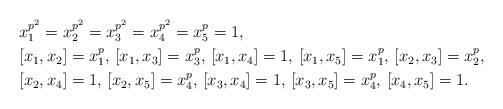
LaTeX: \begin{align*}& x_1^{p^2}=x_2^{p^2}=x_3^{p^2}=x_4^{p^2}=x_5^p=1,\\& [x_1,x_2]=x_1^p, \, [x_1,x_3]=x_3^p, \, [x_1,x_4]=1,\, [x_1,x_5]=x_1^p,\,[x_2,x_3]=x_2^p,\\&[x_2,x_4]=1, \, [x_2,x_5]=x_4^p, \, [x_3,x_4]=1, \, [x_3,x_5]=x_4^p,\,[x_4,x_5]=1.\end{align*}